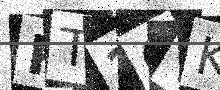
Text: RT2GTK